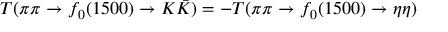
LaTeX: T ( \pi \pi \to f _ { 0 } ( 1 5 0 0 ) \to K \bar { K } ) = - T ( \pi \pi \to f _ { 0 } ( 1 5 0 0 ) \to \eta \eta )